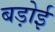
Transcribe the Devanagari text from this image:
बड़ोई